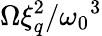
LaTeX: \Omega\xi_{q}^{2}/{\omega_{0}}^{3}